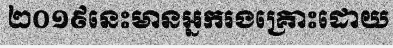
២០១៩នេះមានអ្នករងគ្រោះដោយ